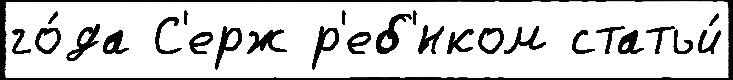
го́да С'ерж р'еб'́нком статьи́